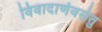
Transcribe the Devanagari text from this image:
विवादार्णवसेतु